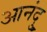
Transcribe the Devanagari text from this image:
आनंदु